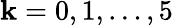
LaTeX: \mathbf{k}=0,1,\ldots,5